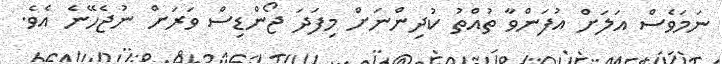
ނަމަވެސް އަލަށް އުފަންވާ ތުއްތު ކުދިންނަށް މިފަދަ ޖޯންޑިސް ވަރަށް ނުޖެހޭނެ އެވެ.